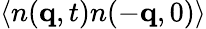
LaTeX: \langle n(\mathbf{q},t)n(-\mathbf{q},0)\rangle